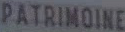
PATRIMOINE